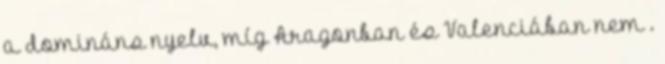
a domináns nyelv, míg Aragonban és Valenciában nem .